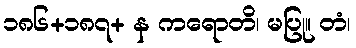
၁၈၆+၁၈၇+ န ကရောတိ၊ မပြု။ တံ၊